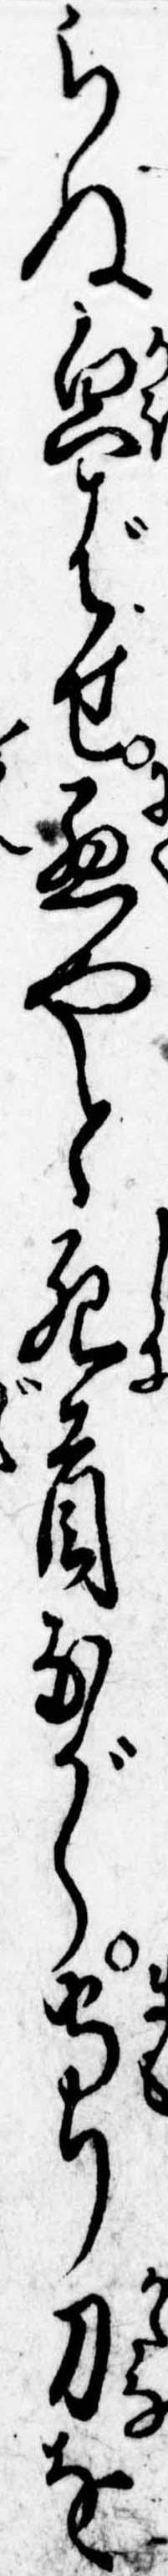
らぬ貌ばせ悪やと死首ながら守り刀を